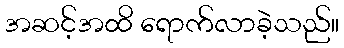
အဆင့်အထိ ရောက်လာခဲ့သည်။